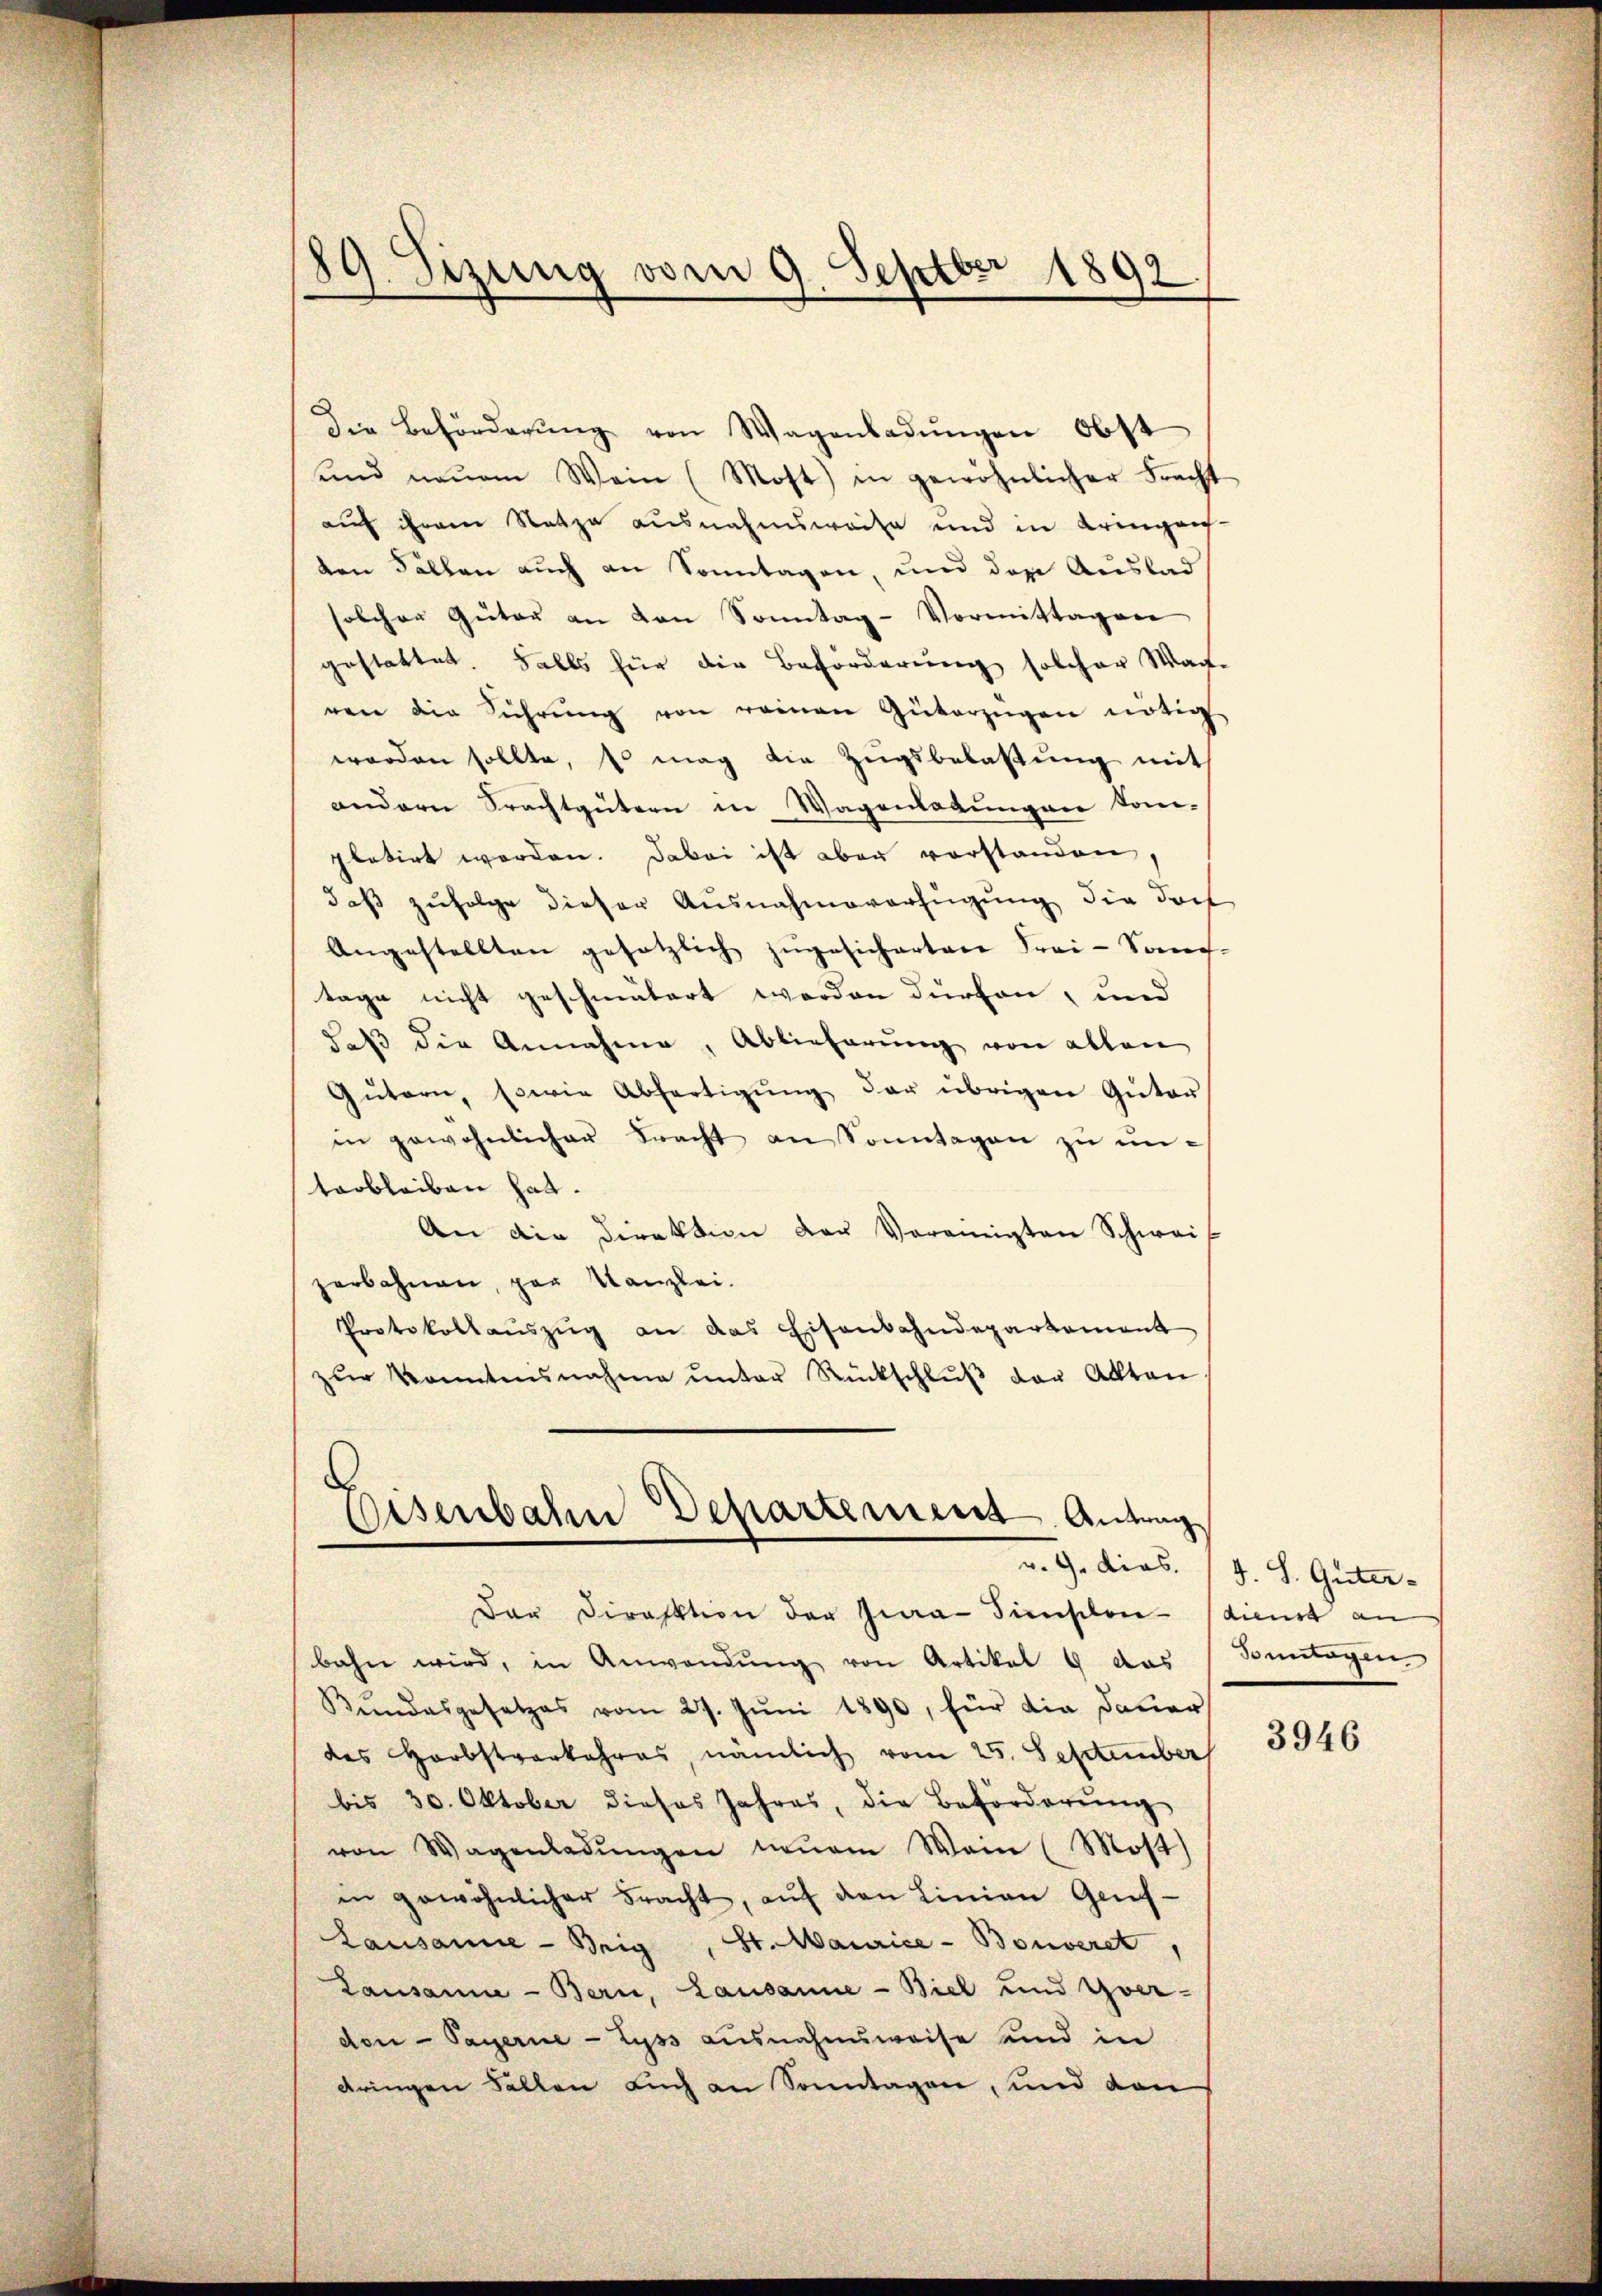
89. Sizung vom 9. Septbr 1892

Die Beförderŭng von Wagenladŭngen Obst
ŭnd neuem Wein (Most) in gewöhnlicher Fracht
auf ihrem Satze ausnahmsweise und in Kringen-
den Fällen auch an Sonntagen, und das Auslad
solcher Güter an von Sonntag-Vormittagen
gestattet. Falls für die Beförderung solcher Warte
ren die Führŭng von reinen Güterzügen nötig
worden sollte, so mag die Zugsbelastung mit
andern Prachtgütern in Wagenladungen kom-
platirt worden. Dabei ist aber vorstanden
daß zufolge dieser Ausnahmeverfügung die doch
Angestellten gesetzlich zugesicherten Frei-Sonc-
tage nicht geschmälert werden dürfen, und
daß die Annahme, Ablieferung von allen
Gütern, sowie Abfertigŭng der übrigen Güter
in gewöhnlicher Bracht an Sonntagen zu untarbleiben hat.
An die Direktion der Vereinigten Schwei
zerbahnen, par Kanzlei.
Protokollaŭszŭg an das Eisenbahndepartement
zŭr Konntesnahme ŭnter Rückschlŭβ der Alltan
Eisenbahn Departement. Antrag
v. 9. dies. (s. S. Güter-
dar Direktion der Zwar Finslen dienst an
bahn wird, in Anwendŭng von Artikel 8 das Buntogen
Kindesgesetzes vom 27. Jŭni 1890, für die Dauer
des Herbstverkehres, nämlich vom 25. September
bis 30. Oktober dieses Jahres, die Beförderŭng
von Wagenladŭngen neuem Wein (Most)
in gewöhnlicher bracht, auf den Linien Gens¬
Lausanne - Brig, St. Maurice - Bouveret
Lausanne - Bern, Lausanne - Biel und Yver-
don- Payerne - Lyss ausnahmsweise und in
dringen Fallen auch an Sonntagen, und dan

3946